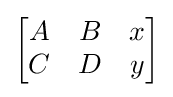
\textstyle {\begin{bmatrix}A&B&x\\C&D&y\end{bmatrix}}